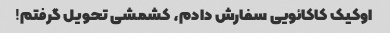
اوکیک کاکائویی سفارش دادم، کشمشی تحویل گرفتم!